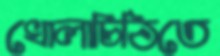
খোলাচিঠিতে